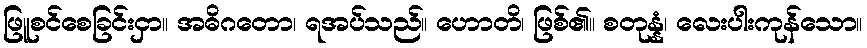
ဖြူစင်စေခြင်းငှာ။ အဓိဂတော၊ ရအပ်သည်။ ဟောတိ၊ ဖြစ်၏။ စတုန္နံ၊ လေးပါးကုန်သော။